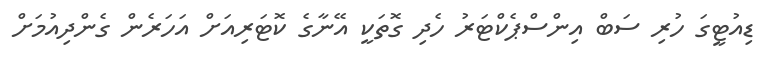
ޑިއުޓީގަ ހުރި ސަބް އިންސްޕެކްޓަރު ހެދި ގޮތަކީ އޭނާގެ ކޮޓަރިއަށް އަހަރެން ގެންދިއުމަށް